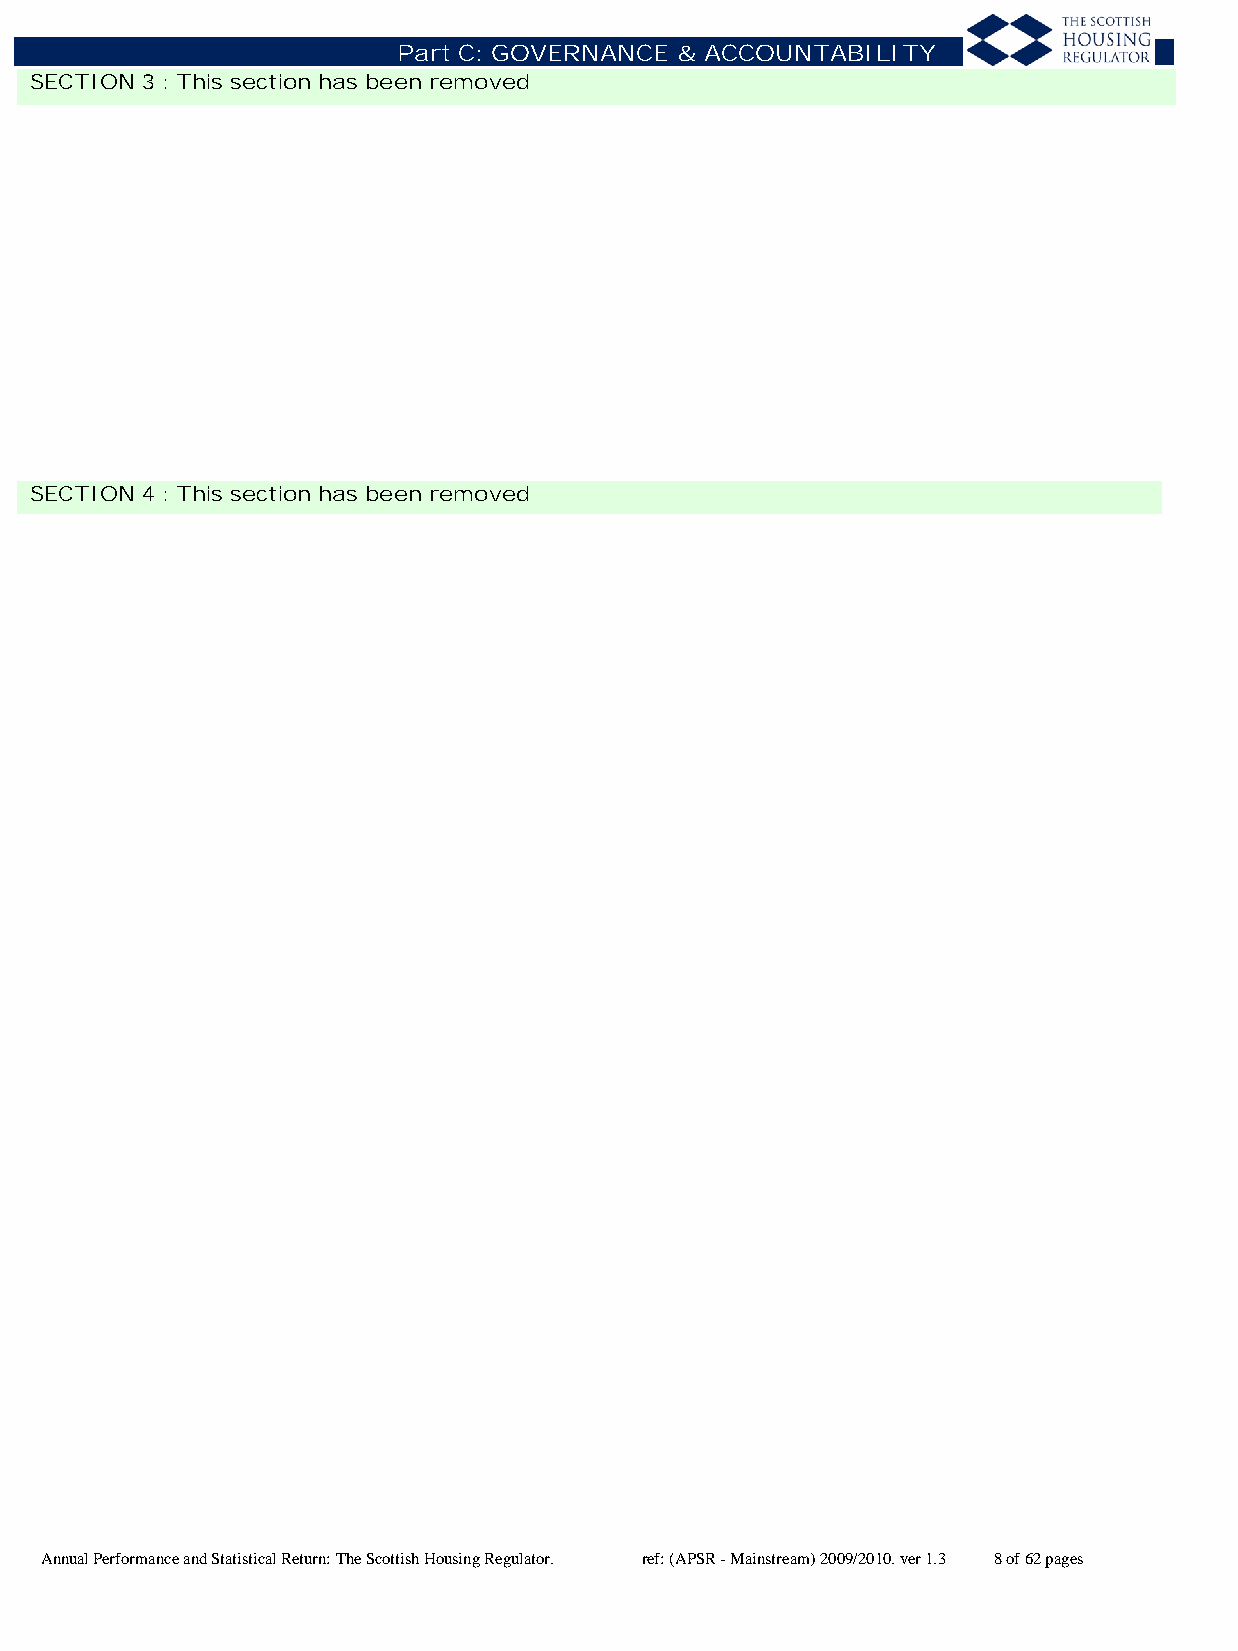
Part C: GOVERNANCE & ACCOUNTABILITY
 SECTION 3 : This section has been removed
 SECTION 4 : This section has been removed
 Annual Performance and Statistical Return: The Scottish Housing Regulator. ref: (APSR - Mainstream) 2009/2010. ver 1.3 8 of 62 pages